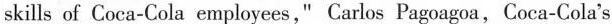
skills of Coca-Cola employees," Carlos Pagoagoa,Coca-Cola's